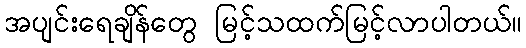
အပျင်းရေချိန်တွေ မြင့်သထက်မြင့်လာပါတယ်။